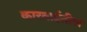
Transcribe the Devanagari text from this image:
कारवाईतील